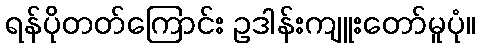
ရန်ပိုတတ်ကြောင်း ဥဒါန်းကျူးတော်မူပုံ။